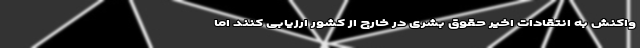
واکنش به انتقادات اخیر حقوق بشری در خارج از کشور ارزیابی کنند اما